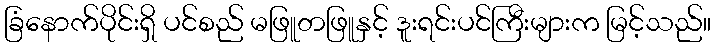
ခြံနောက်ပိုင်းရှိ ပင်စည် မဖြူတဖြူနှင့် ဒူးရင်းပင်ကြီးများက မြင့်သည်။